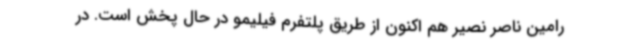
رامین ناصر نصیر هم اکنون از طریق پلتفرم فیلیمو در حال پخش است. در